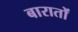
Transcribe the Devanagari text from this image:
बारातों